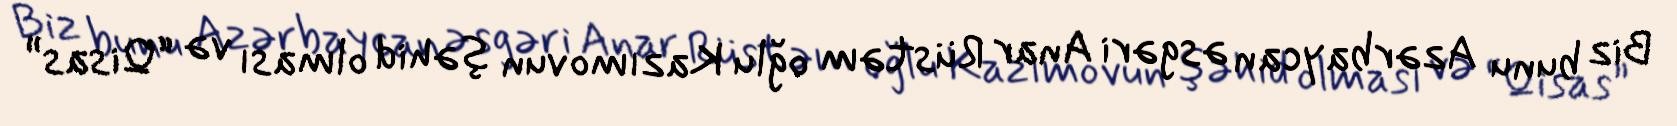
Biz bunu Azərbaycan əsgəri Anar Rüstəm oğlu Kazımovun şəhid olması və “Qisas”